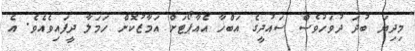
މިދިޔަ ބުދަ ދުވަހުވެސް ސައުދީގެ އަބްހާ އެއާޕޯޓަށް އަމާޒުކޮށް ހަމަލާ ދީފައިވެއެވެ. އެ